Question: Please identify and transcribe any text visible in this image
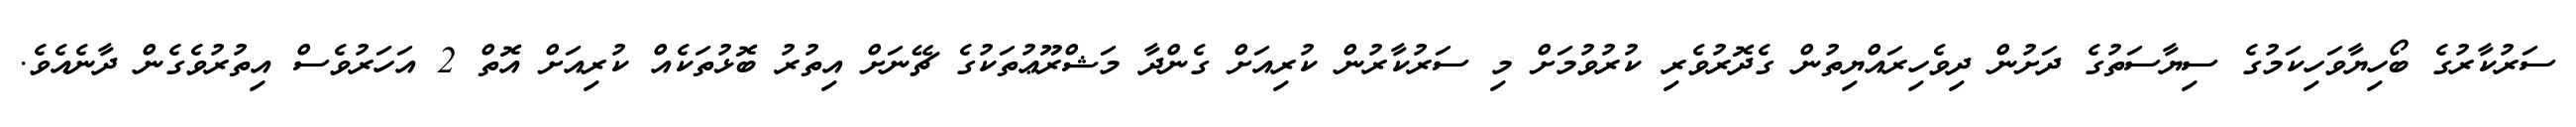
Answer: ސަރުކާރުގެ ބޯހިޔާވަހިކަމުގެ ސިޔާސަތުގެ ދަށުން ދިވެހިރައްޔިތުން ގެދޮރުވެރި ކުރުވުމަށް މި ސަރުކާރުން ކުރިއަށް ގެންދާ މަޝްރޫޢުތަކުގެ ޗޭނަށް އިތުރު ބޮޅުތަކެއް ކުރިއަށް އޮތް 2 އަހަރުވެސް އިތުރުވެގެން ދާނެއެވެ.